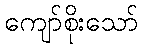
ကျော်စိုးသော်